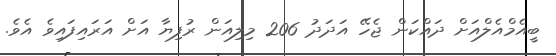
ބީއެމްއެލްއަށް ދައްކަން ޖެހޭ އަދަދު 206 މިލިއަން ރުފިޔާ އަށް އަރައިފައިވެ އެވެ.